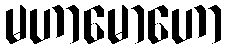
မဟာမောဟော